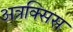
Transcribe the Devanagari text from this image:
अत्रक्सिस